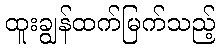
ထူးချွန်ထက်မြက်သည့်